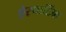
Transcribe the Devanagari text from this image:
ऐस्पार्टिक